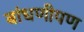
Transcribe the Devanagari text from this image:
बांधणीपण